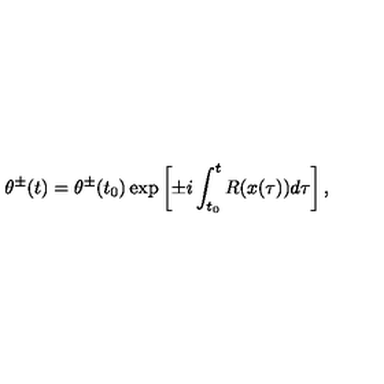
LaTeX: \theta ^ { \pm } ( t ) = \theta ^ { \pm } ( t _ { 0 } ) \exp \left[ \pm i \int _ { t _ { 0 } } ^ { t } R ( x ( \tau ) ) d \tau \right] ,